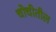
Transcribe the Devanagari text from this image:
चोचीतील